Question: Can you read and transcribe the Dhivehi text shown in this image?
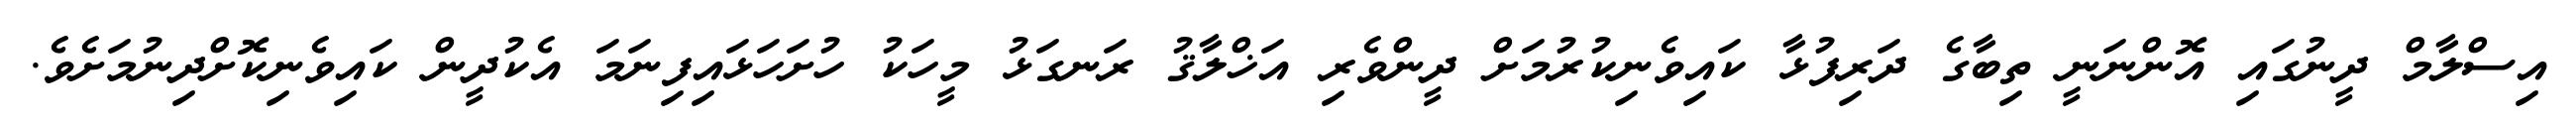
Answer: އިސްލާމް ދީނުގައި އޮންނަނީ ތިބާގެ ދަރިފުޅާ ކައިވެނިކުރުމަށް ދީންވެރި އަޚްލާޤު ރަނގަޅު މީހަކު ހުށަހަޅައިފިނަމަ އެކުދީން ކައިވެނިކޮށްދިނުމަށެވެ.